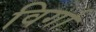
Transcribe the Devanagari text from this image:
विर्गा